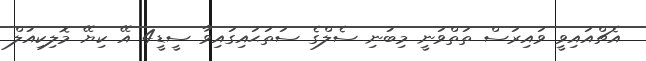
އެޗްއައިވީ ވައިރަސް ތަތްވަނީ މިބުނި ސެލްގެ ސަތަޙައިގައިވާ ސީޑީ4 އޭ ކިޔޭ މޮލިކިއުލް